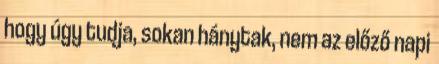
hogy úgy tudja, sokan hánytak, nem az előző napi